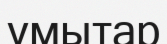
ұмытар